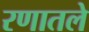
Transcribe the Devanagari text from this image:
रणातले